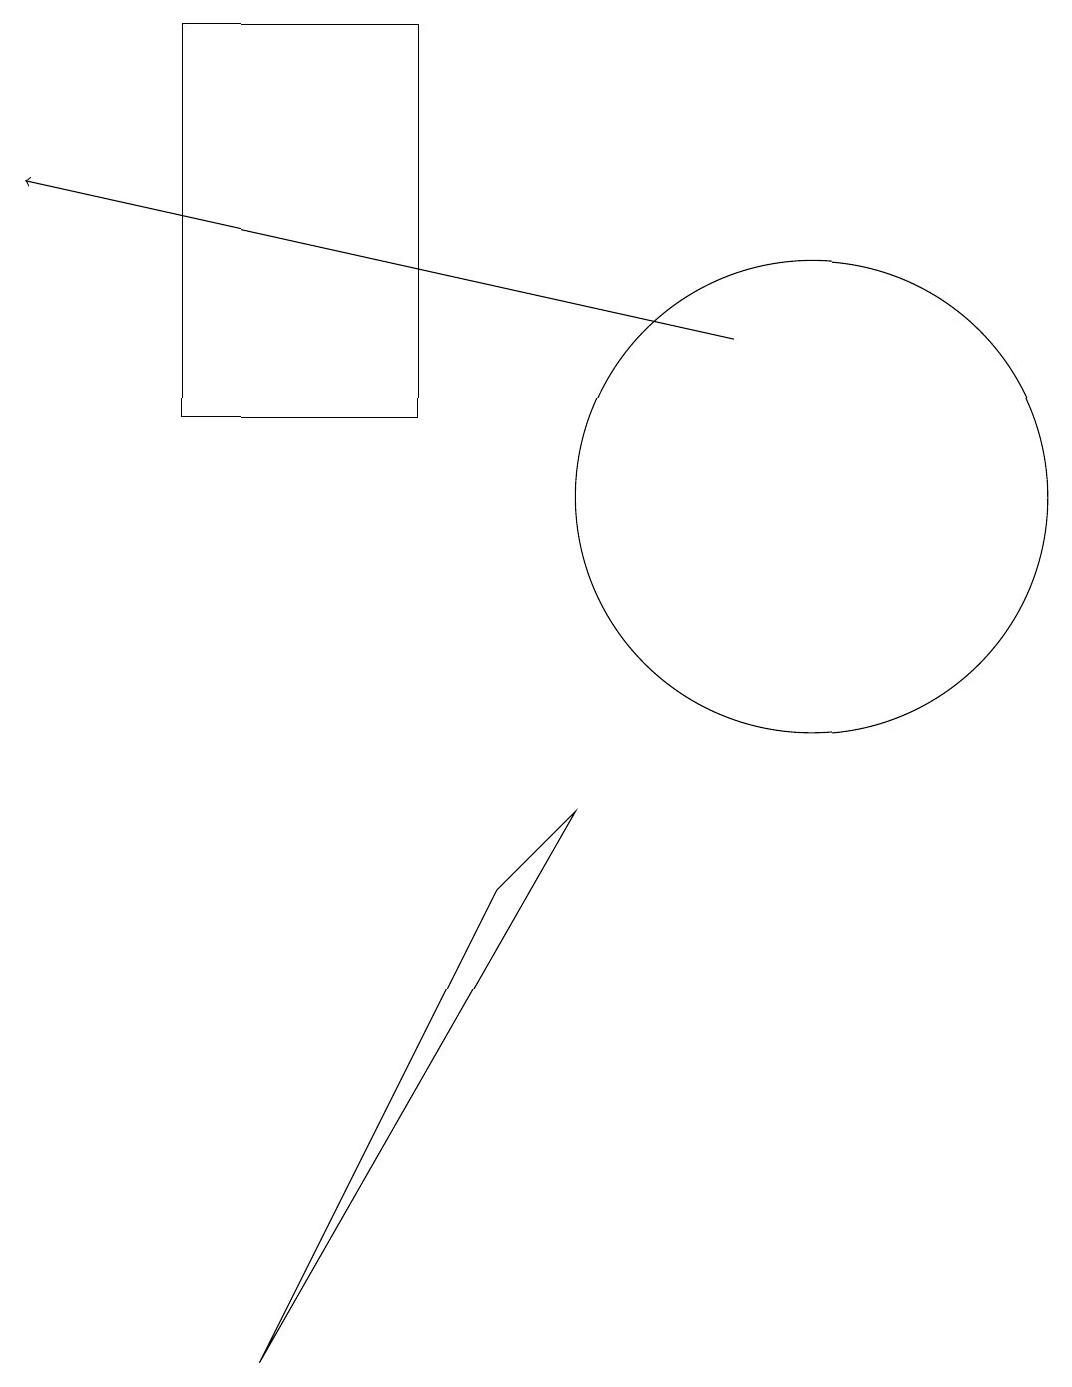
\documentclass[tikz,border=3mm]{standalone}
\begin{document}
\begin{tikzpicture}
\draw (3,0) -- (6,6) -- (7,7) -- cycle;
\draw (2,17) rectangle (5,12);
\draw (11,11) circle (0);
\draw (10,11) circle (3);
\draw[->] (9,13) -- (0,15);
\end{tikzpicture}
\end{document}